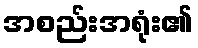
အစည်းအရုံး၏